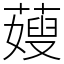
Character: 䕅